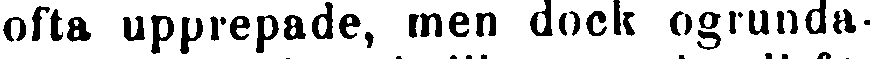
ofta upprepade, men dock ogrunda-